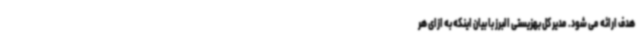
هدف ارائه می شود. مدیر کل بهزیستی البرز با بیان اینکه به ازای هر